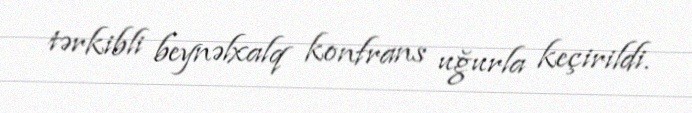
tərkibli beynəlxalq konfrans uğurla keçirildi.